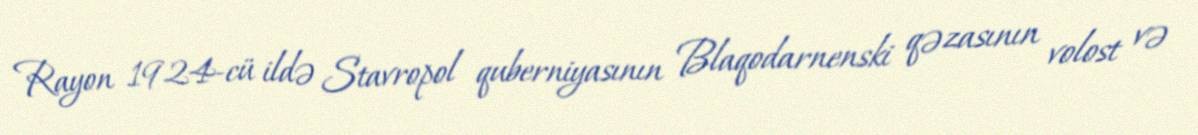
Rayon 1924-cü ildə Stavropol quberniyasının Blaqodarnenski qəzasının volost və